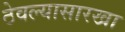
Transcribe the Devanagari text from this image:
ठेवल्यासारखा